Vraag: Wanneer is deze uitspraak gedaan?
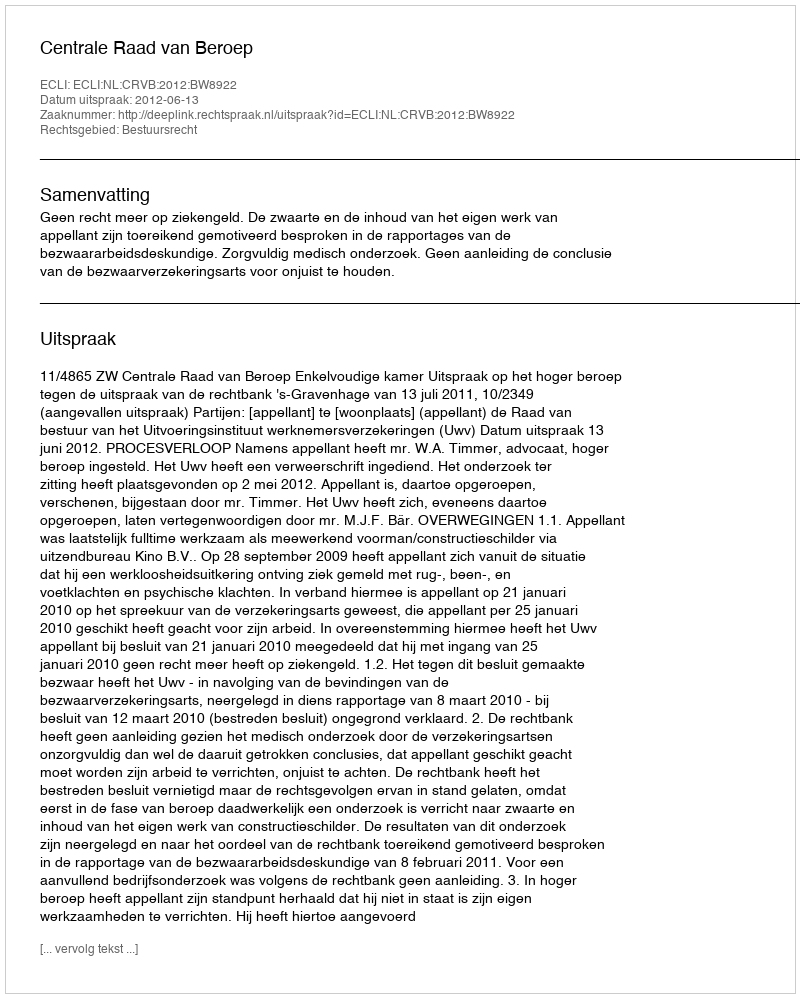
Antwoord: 2012-06-13